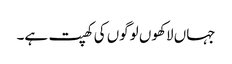
جہاں لاکھوں لوگوں کی کھپت ہے۔